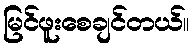
မြင်ဖူးစေချင်တယ်။